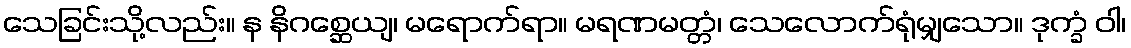
သေခြင်းသို့လည်း။ န နိဂစ္ဆေယျ၊ မရောက်ရာ။ မရဏမတ္တံ၊ သေလောက်ရုံမျှသော။ ဒုက္ခံ ဝါ၊